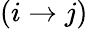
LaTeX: (i\rightarrow j)